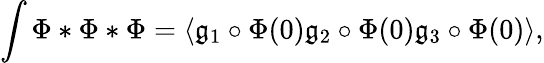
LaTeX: \int\Phi*\Phi*\Phi=\langle\mathfrak{g}_{1}\circ\Phi(0)\mathfrak{g}_{2}\circ\Phi(0)\mathfrak{g}_{3}\circ\Phi(0)\rangle,